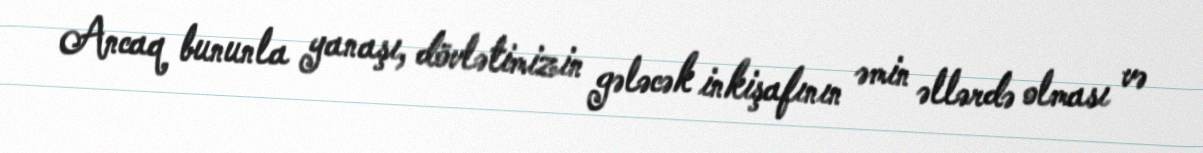
Ancaq bununla yanaşı, dövlətimizin gələcək inkişafının əmin əllərdə olması və